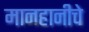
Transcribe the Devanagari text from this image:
मानहानीचे